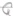
Text: Q